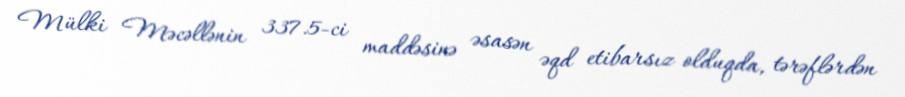
Mülki Məcəllənin 337.5-ci maddəsinə əsasən əqd etibarsız olduqda, tərəflərdən